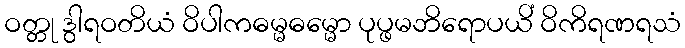
ဝတ္တု ဒွါရဝတိယံ ဝိပါကဓမ္မဓမ္မော ပုပ္ဖမဘိရောပယိံ ဝိကိရဏရသံ